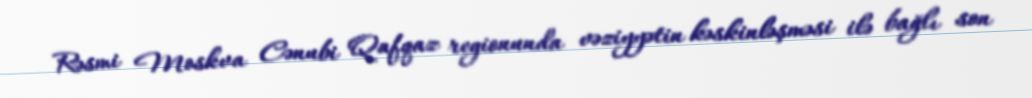
Rəsmi Moskva Cənubi Qafqaz regionunda vəziyyətin kəskinləşməsi ilə bağlı son